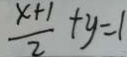
\frac { x + 1 } { 2 } + y = 1